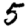
Digit: 5